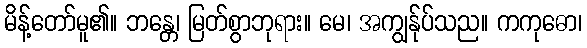
မိန့်တော်မူ၏။ ဘန္တေ၊ မြတ်စွာဘုရား။ မေ၊ အကျွန်ုပ်သည။ ကကုဓော၊